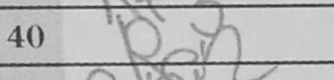
Transcription: Re2